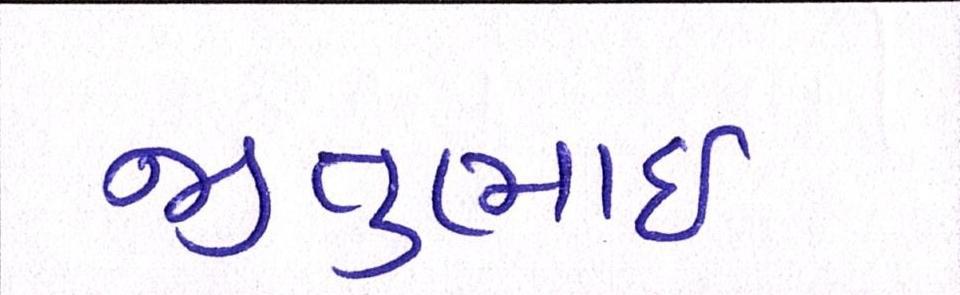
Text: જીતુભાઈ